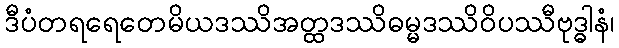
ဒီပံတရရေတေမိယဒဿိအတ္ထဒဿိဓမ္မဒဿိဝိပဿီဗုဒ္ဓါနံ၊